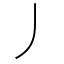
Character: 丿